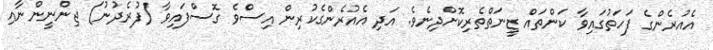
އެއުރެންގެ ފަހަތުގައިވާ ކަންތައް ޒީނަތްތެރިކޮށްދިނެވެ. އަދި އެއުރެންގެކުރިން އިސްވެ ގޮސްފައިވާ (ފުރެދުނު) ޖިންނީންނާއި